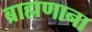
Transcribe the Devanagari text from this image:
ब्राह्मणाना